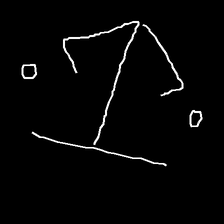
Glyph: earth